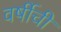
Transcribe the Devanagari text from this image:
वर्षीची